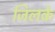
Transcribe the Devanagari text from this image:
जिलके